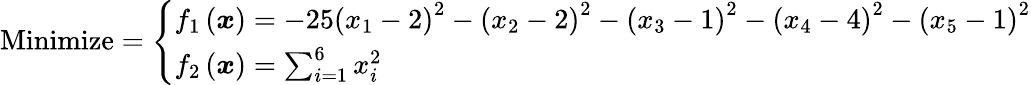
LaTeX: {\mathrm{Minimize}}={\left\{ \begin{array}{ll}{f_{1}\left({\boldsymbol{x}}\right)=-25\left(x_{1}-2\right)^{2}-\left(x_{2}-2\right)^{2}-\left(x_{3}-1\right)^{2}-\left(x_{4}-4\right)^{2}-\left(x_{5}-1\right)^{2}}\\ {f_{2}\left({\boldsymbol{x}}\right)=\sum_{i=1}^{6}x_{i}^{2}}\end{array}\right.}